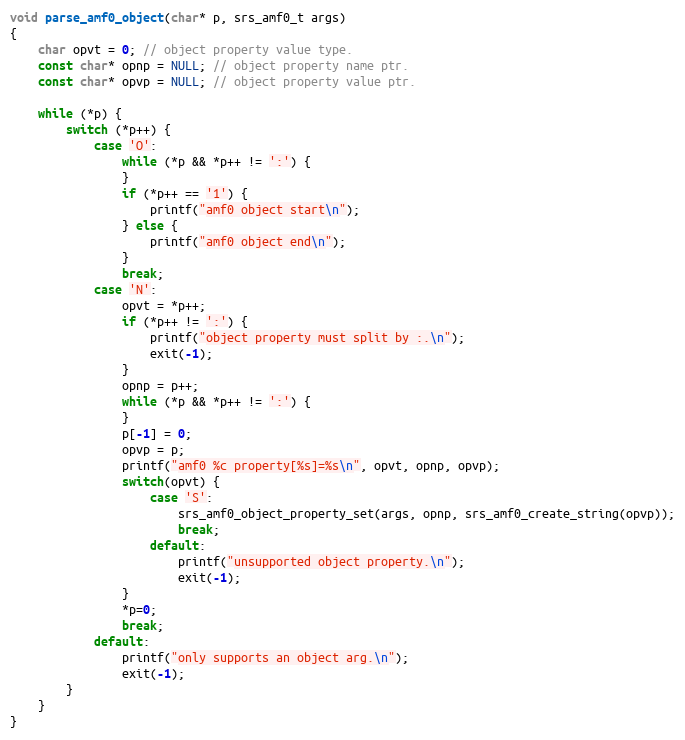
Language: C
void parse_amf0_object(char* p, srs_amf0_t args)
{
    char opvt = 0; // object property value type.
    const char* opnp = NULL; // object property name ptr.
    const char* opvp = NULL; // object property value ptr.

    while (*p) {
        switch (*p++) {
            case 'O':
                while (*p && *p++ != ':') {
                }
                if (*p++ == '1') {
                    printf("amf0 object start\n");
                } else {
                    printf("amf0 object end\n");
                }
                break;
            case 'N':
                opvt = *p++;
                if (*p++ != ':') {
                    printf("object property must split by :.\n");
                    exit(-1);
                }
                opnp = p++;
                while (*p && *p++ != ':') {
                }
                p[-1] = 0;
                opvp = p;
                printf("amf0 %c property[%s]=%s\n", opvt, opnp, opvp);
                switch(opvt) {
                    case 'S':
                        srs_amf0_object_property_set(args, opnp, srs_amf0_create_string(opvp));
                        break;
                    default:
                        printf("unsupported object property.\n");
                        exit(-1);
                }
                *p=0;
                break;
            default:
                printf("only supports an object arg.\n");
                exit(-1);
        }
    }
}